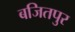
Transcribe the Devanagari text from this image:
बजितपुर